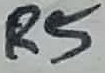
Text: R5